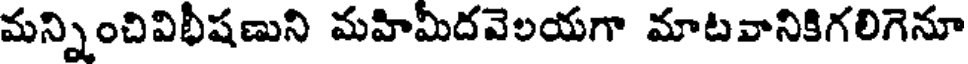
మన్నించివిభీషణుని మహిమీదవెలయగా మాటవానికిగలిగెనూ